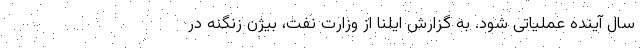
سال آینده عملیاتی شود. به گزارش ایلنا از وزارت نفت، بیژن زنگنه در